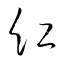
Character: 紅